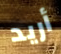
أريد